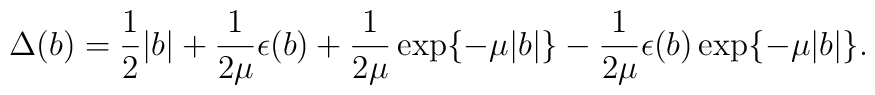
\Delta (b)=\frac{1}{2}\vert b \vert +\frac{1}{2\mu}\epsilon (b)+\frac{1}{2\mu}\exp \{-\mu \vert b \vert \}-\frac{1}{2\mu}\epsilon (b)\exp \{-\mu \vert b \vert \}.